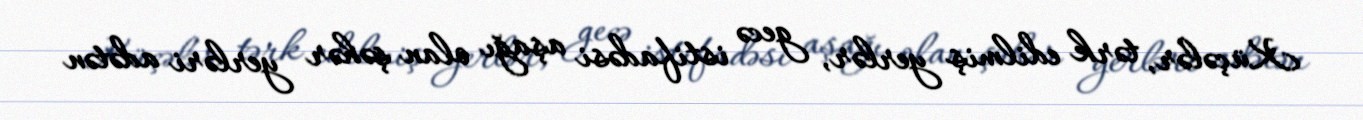
Küçələr, tərk edilmiş yerlər, gecə istifadəsi aşağı olan şəhər yerləri adətən